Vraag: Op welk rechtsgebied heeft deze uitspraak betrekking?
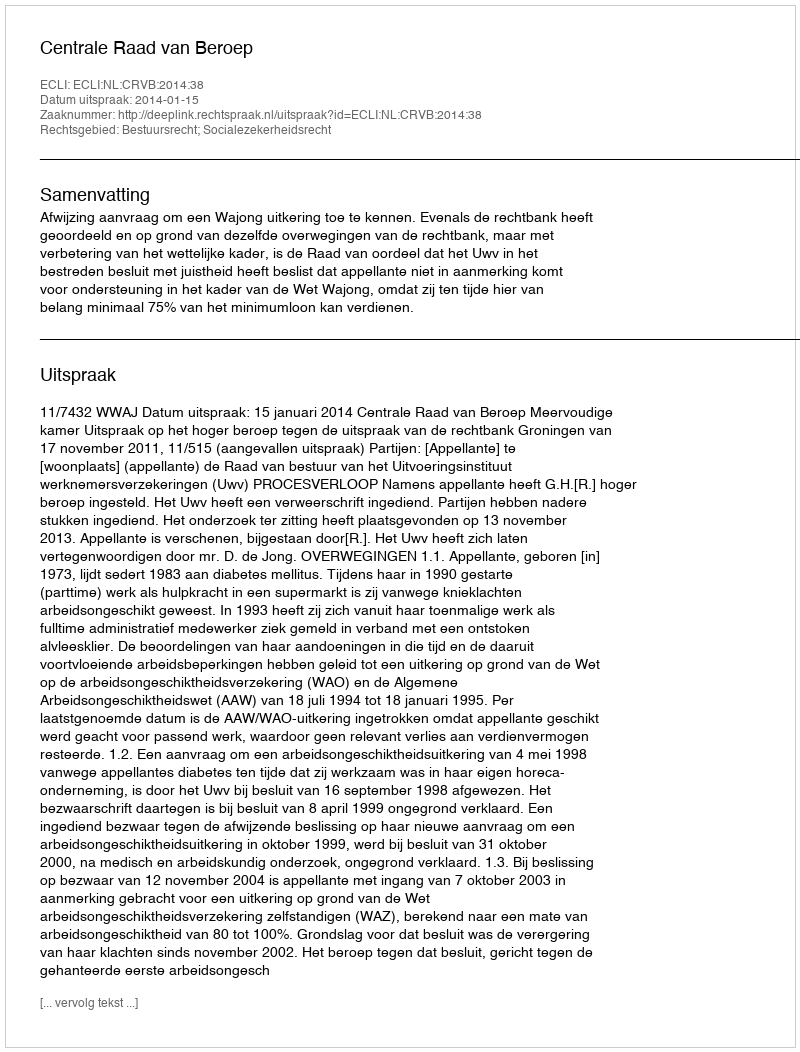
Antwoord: Bestuursrecht; Socialezekerheidsrecht